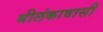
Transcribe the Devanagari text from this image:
श्रीलंकावासी